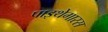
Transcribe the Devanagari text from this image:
पाइथेगारस